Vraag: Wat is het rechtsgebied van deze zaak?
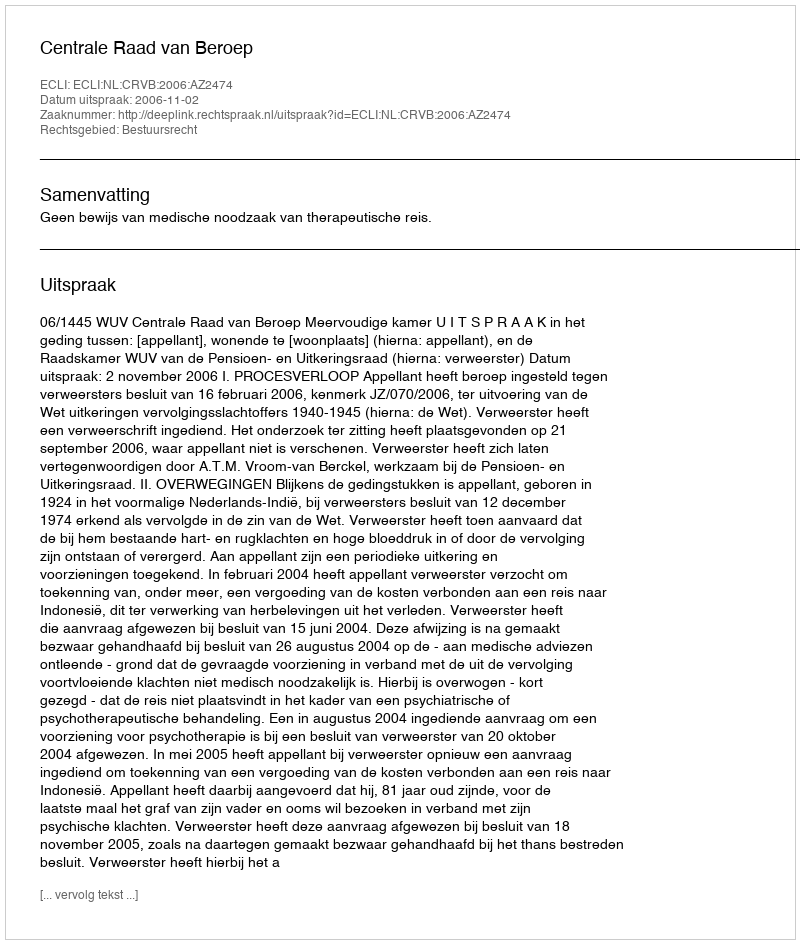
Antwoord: Bestuursrecht